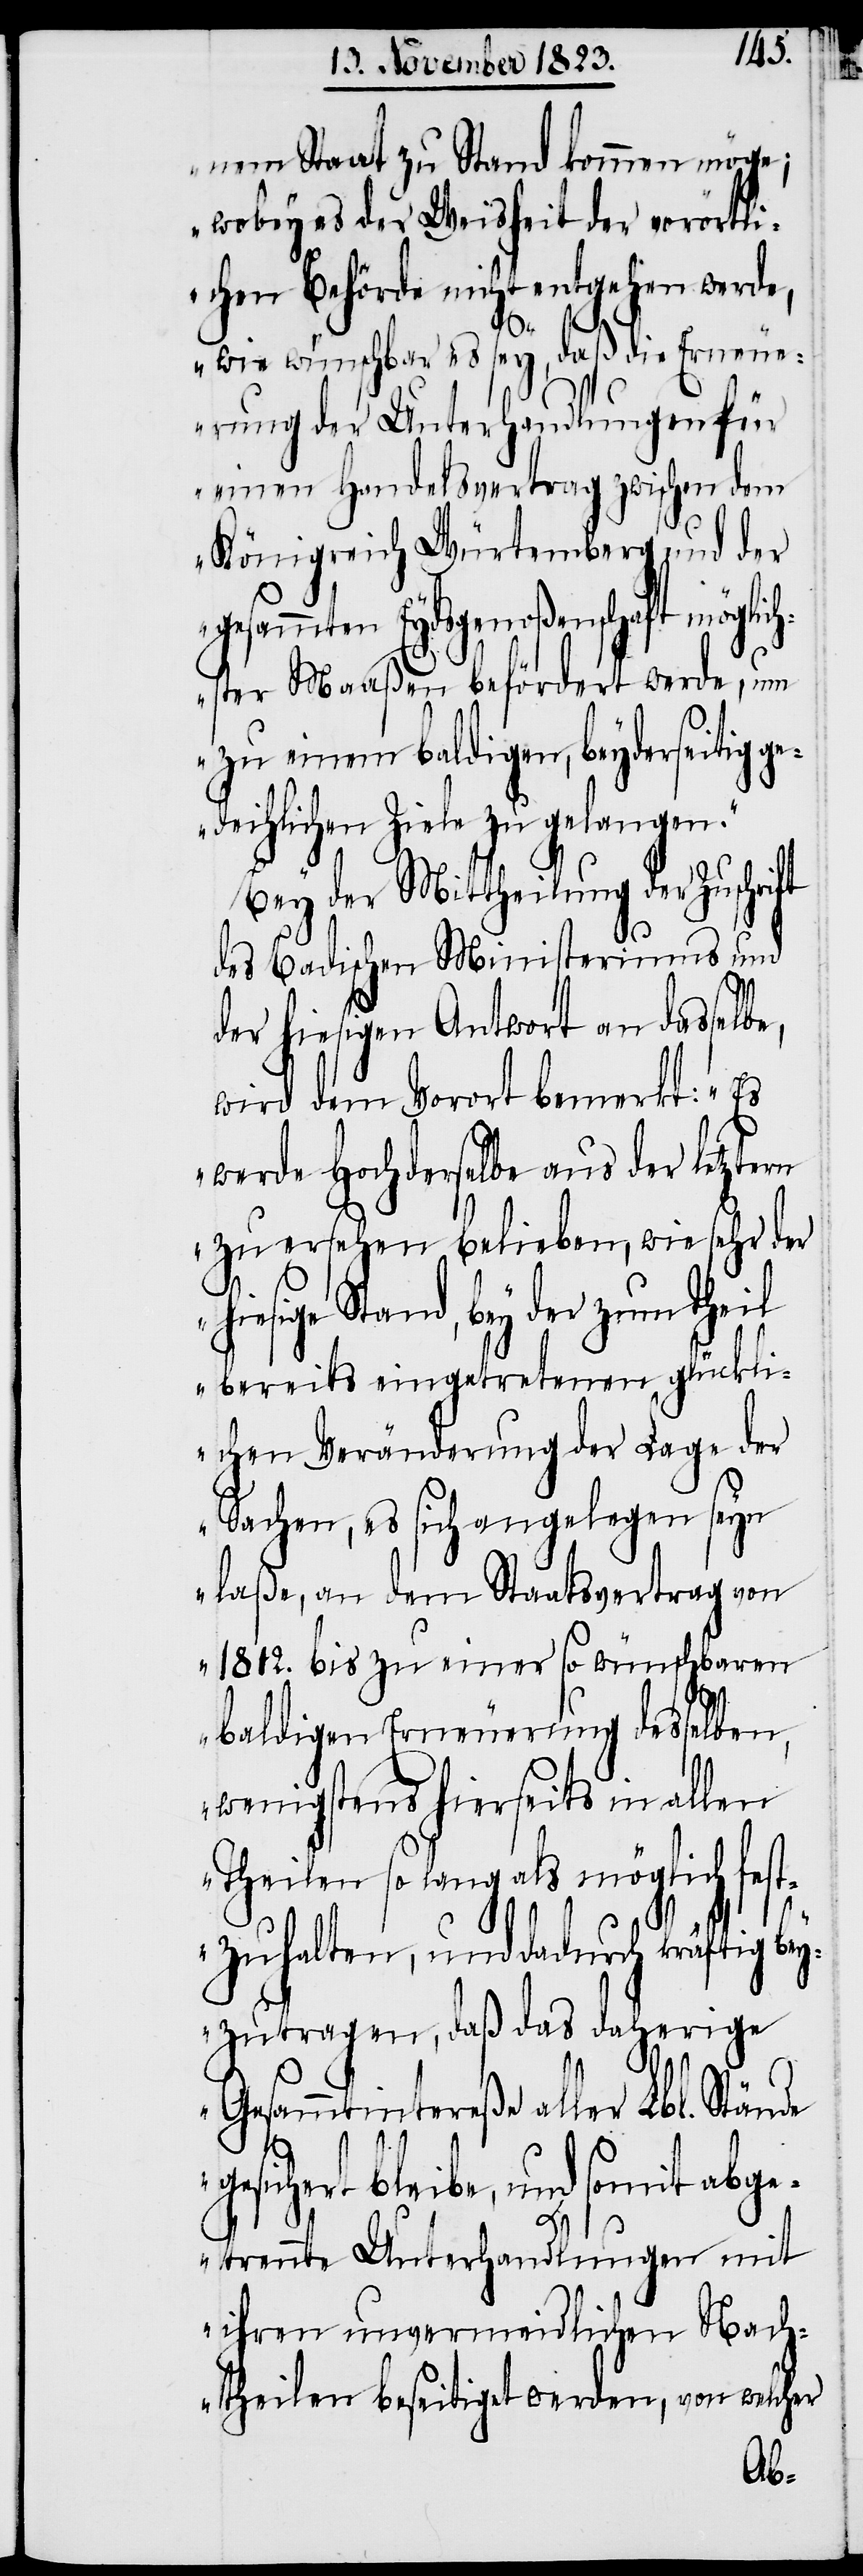
nem Staat zu Stand kommen möge;
wobey es der Weisheit der vorörtli¬
chen Behörde nicht entgehen werde,
wie wünschbar es sey, daß die Erneue¬
rung der Unterhandlungen für
einen Handelsvertrag zwischen dem
Königreich Würtemberg und der
gesammten Eydsgenoßenschaft möglic¬
hster Maaßen befördert werde, um
zu einem baldigen, beyderseitig ge¬
deihlichen Ziele zu gelangen.“
Bey der Mittheilung der Zuschri¬
des Badischen Ministeriums und
der hiesigen Antwort an dasselbe,
wird dem Vorort bemerkt: „Es
werde Hochderselbe aus der letztern
zu ersehen belieben, wie sehr der
hiesige Stand, bey der zum Theil
bereits eingetretenen glückli¬
chen Veränderung der Lage der
Sachen, es sich angelegen seyn
laße, an dem Staatsvertrag von
1812. bis zu einer so wünschbaren
ft
baldigen Erneuerung desselben,
wenigstens hierseits in allen
Theilen so lang als möglich fest¬
zuhalten, und dadurch kräftig bey¬
zutragen, daß das daherige
Gesammtintereße aller Lbl. Stände
gesichert bleibe, und somit abge¬
trennte Unterhandlungen mit
ihren unvermeidlichen Nach¬
theilen beseitiget werden, von welcher